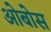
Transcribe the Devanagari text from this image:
ओबोस